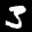
Label: 3